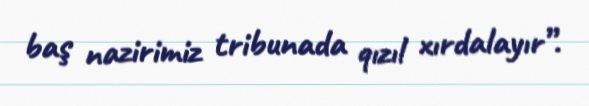
baş nazirimiz tribunada qızıl xırdalayır”.